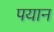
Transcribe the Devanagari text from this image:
पयान